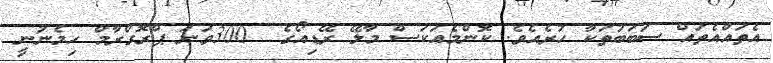
އެތައްއެތައް ސަބަބުތަކާ ހުރެއެވެ. ކޮންމެއަކަސް މާލޭ ރޭޑިއޯގެ  300ވަނަ ޕްރޮގްރާމް ހިމެނުނީ